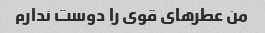
من عطرهای قوی را دوست ندارم